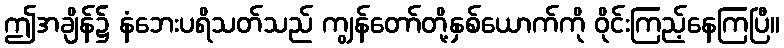
ဤအချိန်၌ နံဘေးပရိသတ်သည် ကျွန်တော်တို့နှစ်ယောက်ကို ဝိုင်းကြည့်နေကြပြီ။